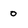
Character: 0